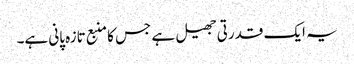
یہ ایک قدرتی جھیل ہے جس کا منبع تازہ پانی ہے۔